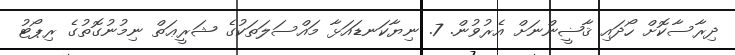
ދިރާސާކޮށް ހޯދައި ޤާޟީންނަށް އެރުވުން. 7. ނިޔާކަނޑައަޅާ މައްސަލަތަކުގެ ޝަރީޢަތް ނިމުނުގޮތުގެ ރިޕޯޓު